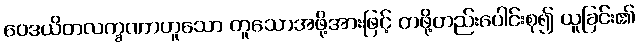
ဝေဒယိတလက္ခဏာဟူသော တူသောအဖို့အားဖြင့် တဖို့တည်းပေါင်းစု၍ ယူခြင်း၏